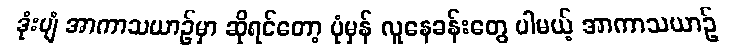
ဒုံးပျံ အာကာသယာဉ်မှာ ဆိုရင်တော့ ပုံမှန် လူနေခန်းတွေ ပါမယ့် အာကာသယာဉ်